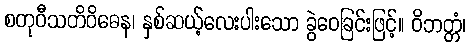
စတုဝီသတိဝိဓေန၊ နှစ်ဆယ့်လေးပါးသော ခွဲဝေခြင်းဖြင့်။ ဝိဘတ္တံ၊